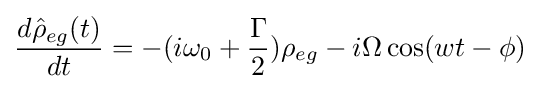
{\frac {d{\hat {\rho }}_{eg}(t)}{dt}}=-(i\omega _{0}+{\frac {\Gamma }{2}})\rho _{eg}-i\Omega \cos(wt-\phi )